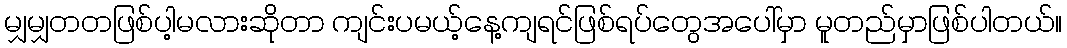
မျှမျှတတဖြစ်ပါ့မလားဆိုတာ ကျင်းပမယ့်နေ့ကျရင်ဖြစ်ရပ်တွေအပေါ်မှာ မူတည်မှာဖြစ်ပါတယ်။